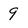
Character: 9